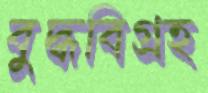
বুদ্ধবিগ্রহ